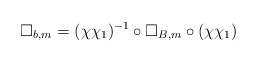
\begin{align*}\Box_{b,m}&=(\chi\chi_1)^{-1}\circ\Box_{B,m}\circ(\chi\chi_1)\end{align*}